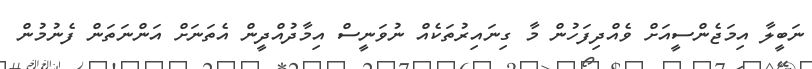
ނަބީލާ އިމަޖެންސީއަށް ވެއްދިފަހުން މާ ގިނައިރުތަކެއް ނުވަނީސް އިމާދުއްދީން އެތަނަށް އަންނަތަން ފެނުމުން